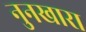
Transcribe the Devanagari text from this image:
नुनखारा